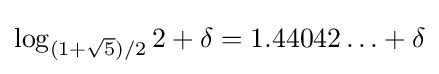
\log _{(1+{\sqrt {5}})/2}2+\delta =1.44042\ldots +\delta